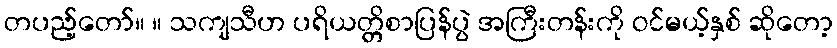
တပည့်တော်။ ။ သကျသီဟ ပရိယတ္တိစာပြန်ပွဲ အကြီးတန်းကို ဝင်မယ့်နှစ် ဆိုတော့